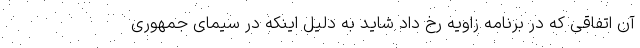
آن اتفاقی که در برنامه زاویه رخ داد شاید به دلیل اینکه در سیمای جمهوری